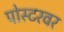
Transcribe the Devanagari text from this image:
पोस्टरवर